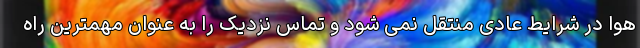
هوا در شرایط عادی منتقل نمی شود و تماس نزدیک را به عنوان مهمترین راه